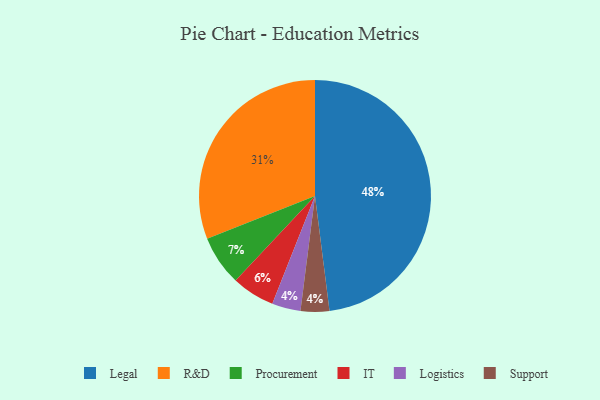
{"axis": {"x": "Category", "y": "Percentage"}, "legend": ["IT", "Legal", "Logistics", "Procurement", "R&D", "Support"], "data": [{"x": "Logistics", "y": 4, "type": "Logistics"}, {"x": "Support", "y": 4, "type": "Support"}, {"x": "Legal", "y": 48, "type": "Legal"}, {"x": "Procurement", "y": 7, "type": "Procurement"}, {"x": "IT", "y": 6, "type": "IT"}, {"x": "R&D", "y": 31, "type": "R&D"}]}